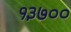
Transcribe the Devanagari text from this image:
१३७००